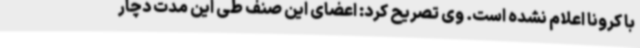
با کرونا اعلام نشده است. وی تصریح کرد: اعضای این صنف طی این مدت دچار